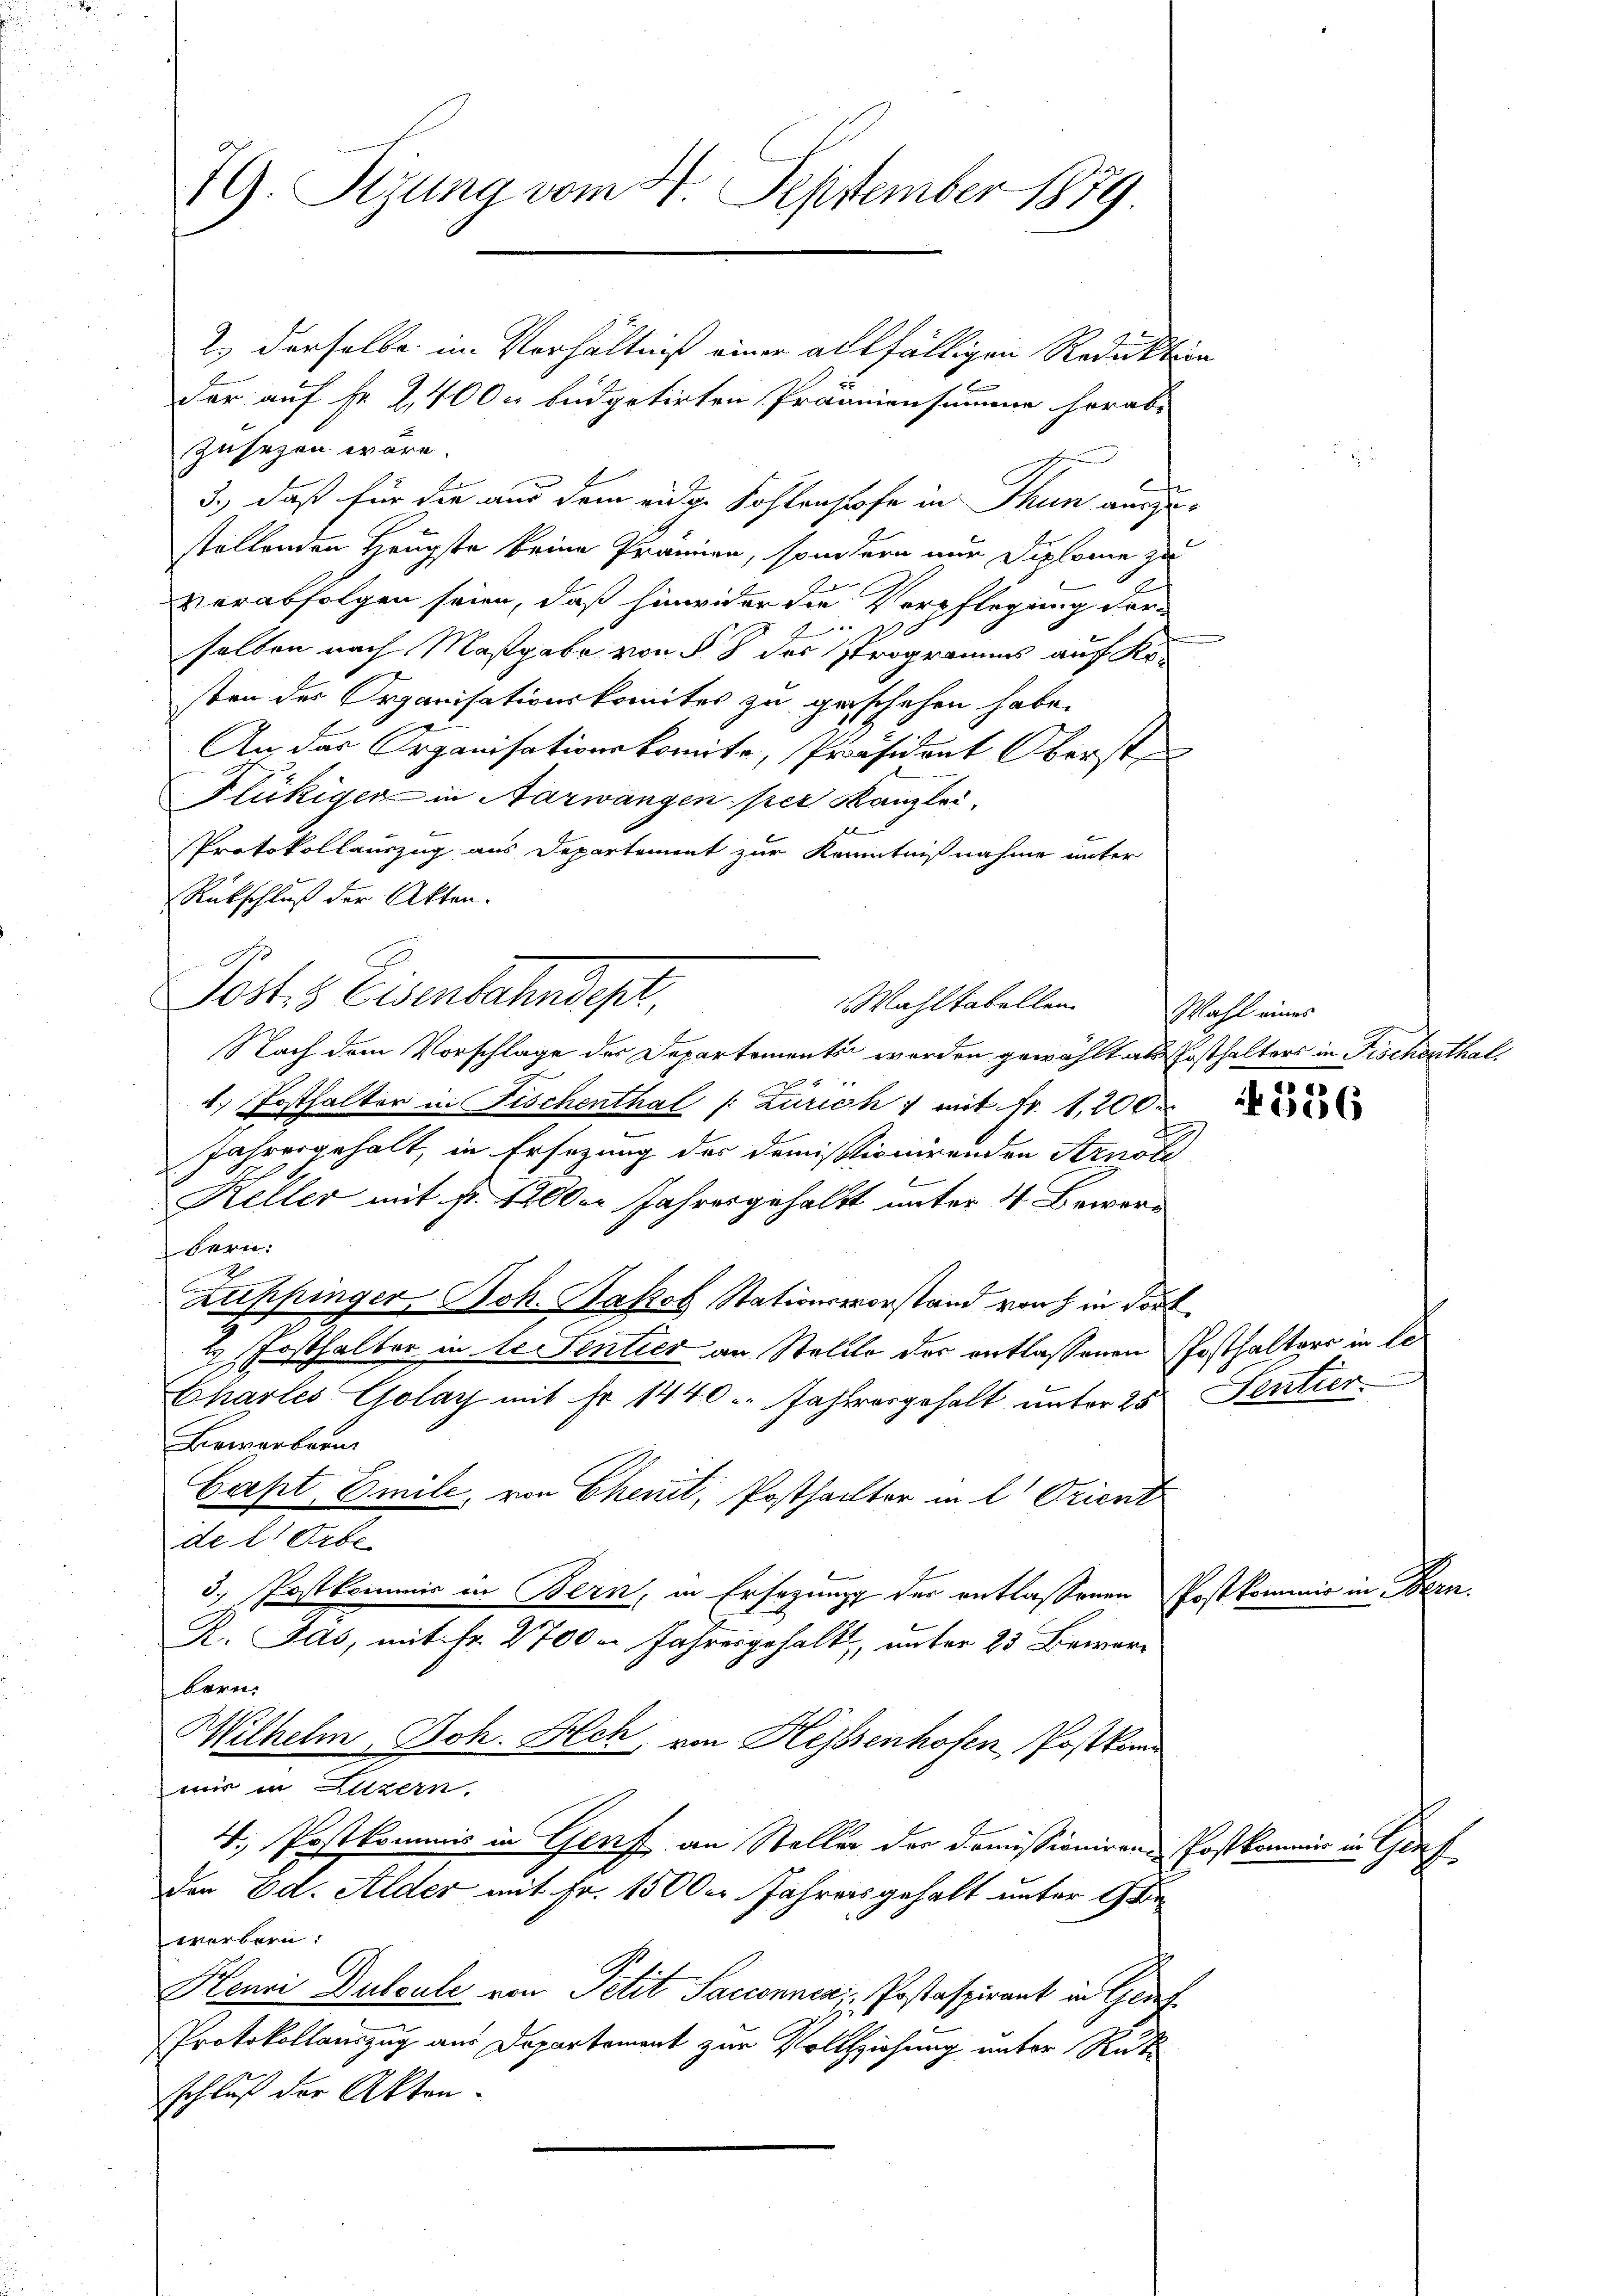
19. Sizung vom 4. September 1879

2.) Derselbe im Verhältniß einer allfälligen Reduktion
der auf Fr. 2,400 x büdgetirten Prämiensumme herab
zusehen wäre.
3., daß für die aus dem eidge Fohlenhofe in Thun ausge-
stellenden Häupte keine Prämien, sondern nur Diplome zu
verabfolgen seien, daß hinwider die Verpflegung der-
0
selben nach Maßgabe von § 8 des Programms auf Kosten des Organisationskomites zu geschehen habe.
An das Organisationskomite, Präsident Oberste
Flückiger in Aarwangen per Kanzlei
Protokollauszug aus Departement zur Kenntnißnahme unter
Rückschluß der Akten.
G.
Jost 3 Eisenbahndept,
Nach dem Vorschlage der Departementen worden gewählt als Posthalters in Fischenthal
1. Posthalter in Fischenthal /: Zürich 7 mit Fr. 1,100
Jahresgehalt, in Ersezung des demissionirenden Arnol
2
Keller mit Fr. 1200er Jahresgehalt unter 4 Bewerbern.
Zuppinger, Joh. Jakob Stationsvorstand von in dort
H Fosthalter in de Sentier an Stellle der entlassenen Posthalters in le¬
Charles Golay mit Fr. 1440. Jahresgehalt unter 25 Sentier
Bewerben
Capt, Emile, von Chemit, Posthalter in l. Orient
de leibe
3. Postkommis in Bern, in Ersezung der entlassenen Postkom
R. Jas, mit Fr. 2700 m Jahresgehalt, unter 23 Bewarbern.
Wilhelm, Joh. Bech, von Hessenhofen, Postkamm
mir in Luzern,
4. Postkommis in Genf an Steller der Domissioniren Postkommer in Genf
Den Ed. Alder mit Fr. 1500er Jahres gehalt unter 9 Bewerbern.
Henri Dulcule von Petit Saccennen Postaspirant in Graf
Protokollauszug aus Departement zur Vollziehung unter Rük
schluß der Akten.

Wahltabellen.

Mahl eines

r

u